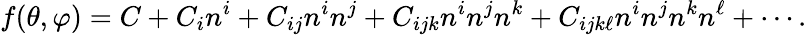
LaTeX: f(\theta,\varphi)=C+C_{i}n^{i}+C_{ij}n^{i}n^{j}+C_{ijk}n^{i}n^{j}n^{k}+C_{ijk\ell}n^{i}n^{j}n^{k}n^{\ell}+\cdots.